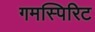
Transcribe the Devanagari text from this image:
गमस्पिरिट